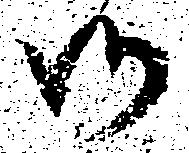
御